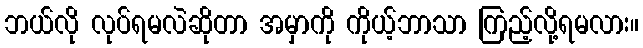
ဘယ်လို လုပ်ရမလဲဆိုတာ အမှာကို ကိုယ့်ဘာသာ ကြည့်လို့ရမလား။